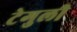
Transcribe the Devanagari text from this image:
टेगुली